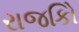
રાજકોિ